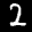
Label: 2